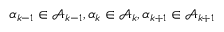
\alpha _ { k - 1 } \in \mathcal { A } _ { k - 1 } , \alpha _ { k } \in \mathcal { A } _ { k } , \alpha _ { k + 1 } \in \mathcal { A } _ { k + 1 }